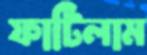
ফাটিলাম